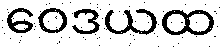
ဝေဒယထ